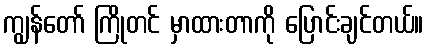
ကျွန်တော် ကြိုတင် မှာထားတာကို ပြောင်းချင်တယ်။